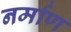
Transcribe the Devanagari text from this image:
नर्माण